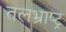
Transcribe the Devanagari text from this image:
तलभ्राष्ट्र